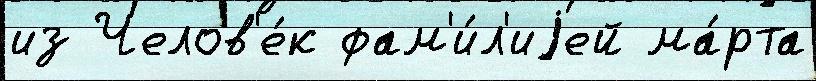
из Челов'е́к фам'и́л'иjей ма́рта